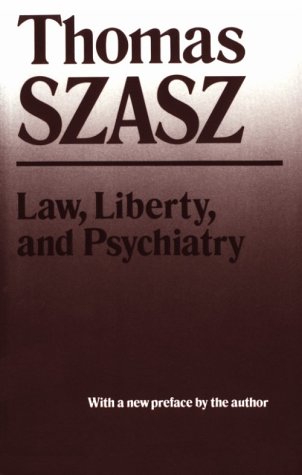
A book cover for Law, Liberty, and Psychiatry: An Inquiry Into the Social Uses of Mental Health Practices; Thomas Szasz; Law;